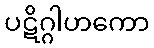
ပဋိဂ္ဂါဟကော